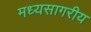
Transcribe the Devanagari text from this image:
मध्यसागरीय